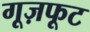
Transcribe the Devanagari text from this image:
गूज़फूट